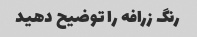
رنگ زرافه را توضیح دهید